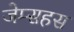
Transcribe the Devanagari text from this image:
जेम्सहस